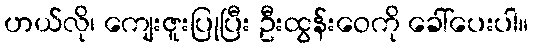
ဟယ်လို၊ ကျေးဇူးပြုပြီး ဦးထွန်းဝေကို ခေါ်ပေးပါ။